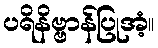
ပရိနိဗ္ဗာန်ပြုအံ့။